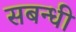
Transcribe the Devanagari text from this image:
सबन्धी